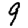
Digit: 9